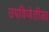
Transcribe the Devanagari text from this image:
उपविजेतीला